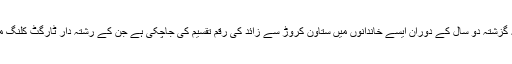
صوبائی سیکرٹری داخلہ نے عدالت کو بتایا کہ گزشتہ دو سال کے دوران ایسے خاندانوں میں ستاون کروڑ سے زائد کی رقم تقسیم کی جاچکی ہے جن کے رشتہ دار ٹارگٹ کلنگ میں مارے گئے یا جن کی مسخ شدہ لاشیں ملیں۔